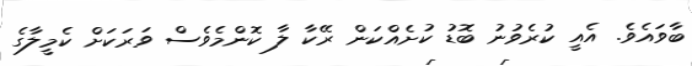
ބާވައެވެ. އެއީ ކުރެވުނު ބޮޑު ކުށެއްކަން ރޭކާ ލާ ކޮންމެވެސް ވަރަކަށް ކެމީލާގެ